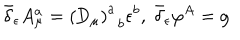
LaTeX: \bar { \delta } _ { \epsilon } A _ { \mu } ^ { a } = \left( \mathrm { D } _ { \mu } \right) _ { \; \; b } ^ { a } \epsilon ^ { b } , \; \bar { \delta } _ { \epsilon } \varphi ^ { A } = \mathrm { g }